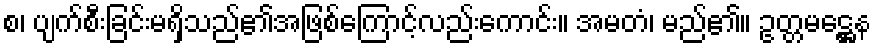
စ၊ ပျက်စီးခြင်းမရှိသည်၏အဖြစ်ကြောင့်လည်းကောင်း။ အမတံ၊ မည်၏။ ဥတ္တမဋ္ဌေန